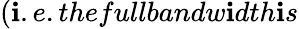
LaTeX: (\mathbf{i}.e.thefullbandw\mathbf{i}dth\mathbf{i}s